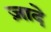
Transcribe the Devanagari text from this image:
ज़ादे